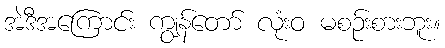
အဲဒီအကြောင်း ကျွန်တော် လုံးဝ မစဉ်းစားဘူး။